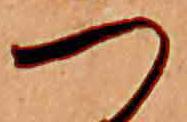
つ